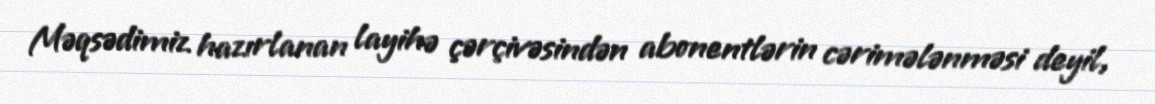
Məqsədimiz hazırlanan layihə çərçivəsindən abonentlərin cərimələnməsi deyil,